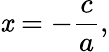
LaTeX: \mathit{x}=-{\frac{{c}}{{a}}},